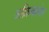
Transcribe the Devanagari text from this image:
अफ्रिकानेर